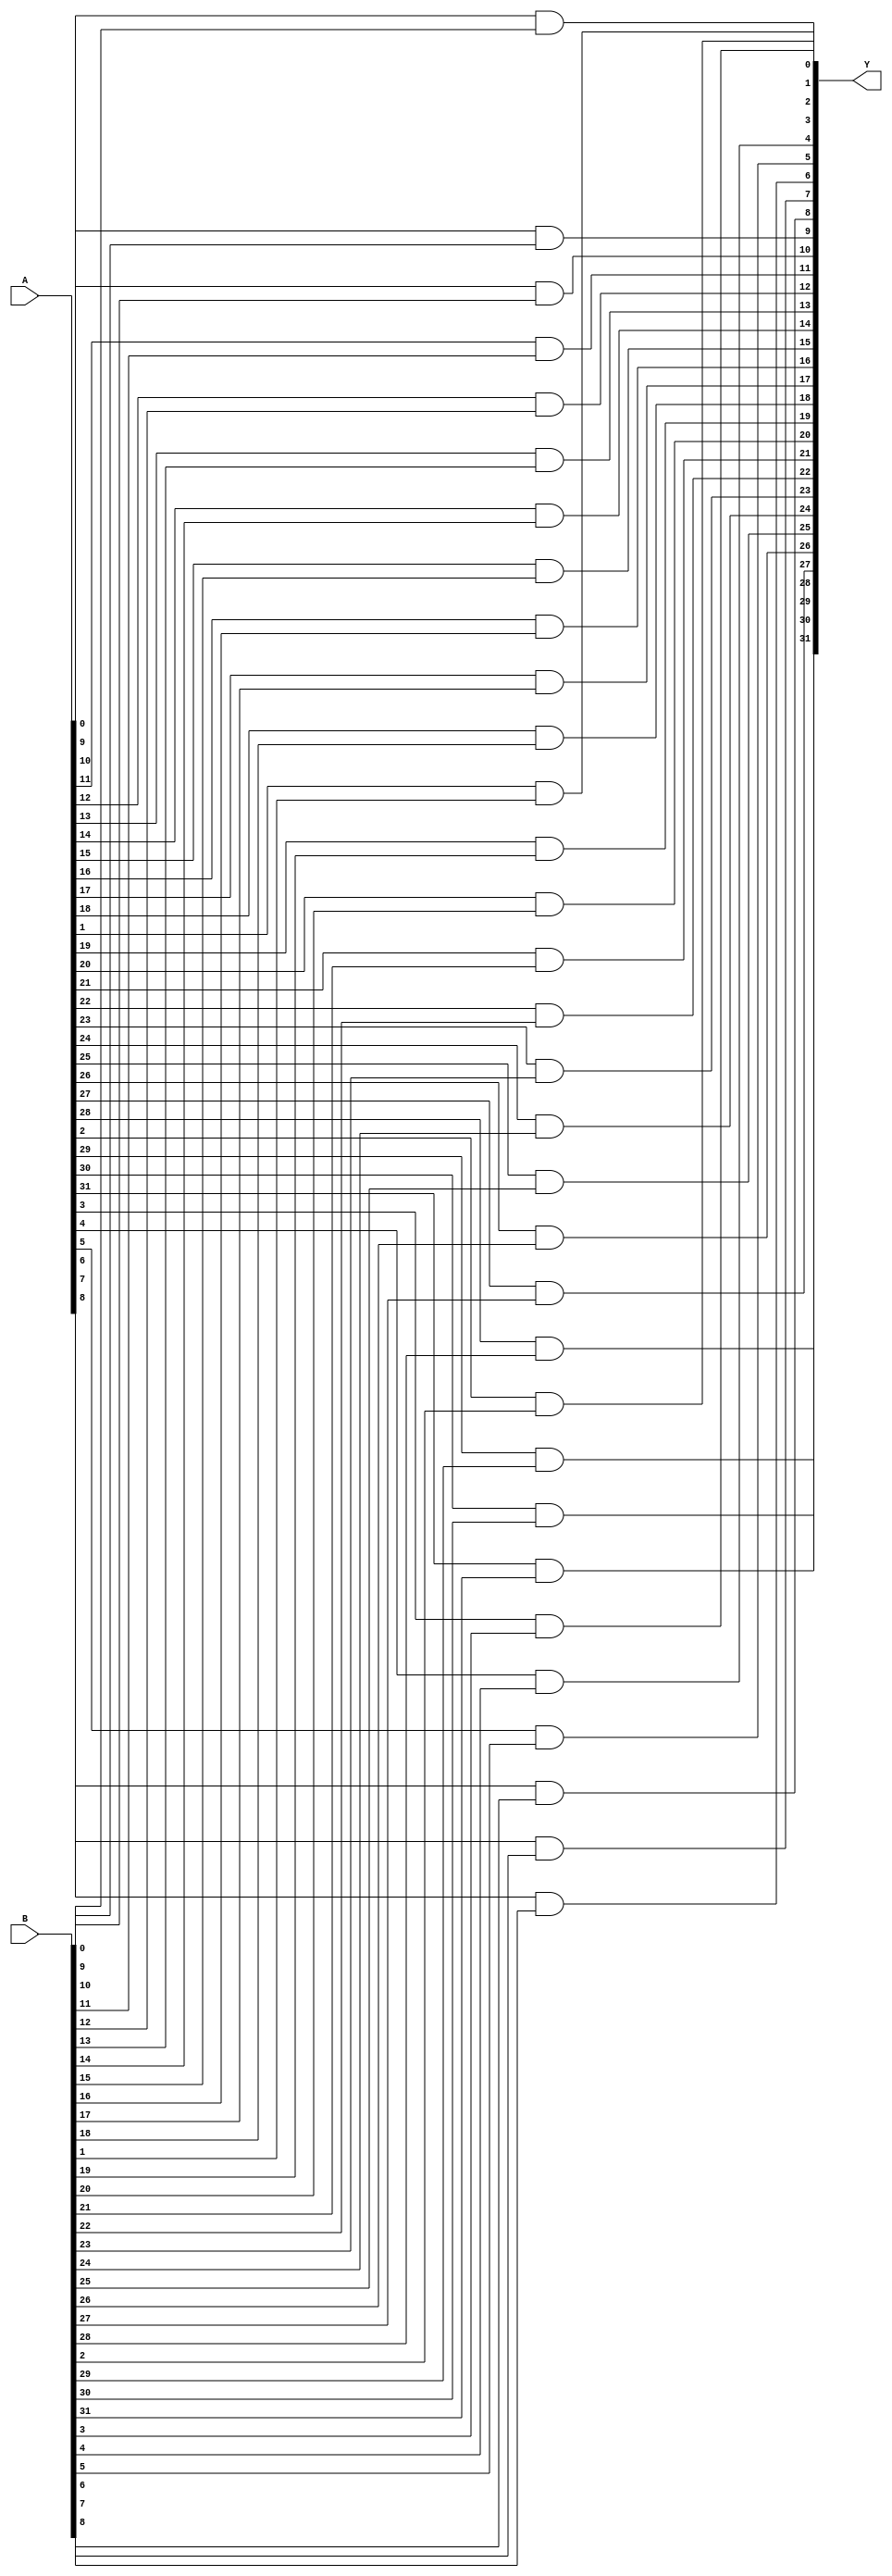
`timescale 1ns/10ps
module AND_gate(
	input wire [31:0] A,B,
	output wire [31:0] Y);

	genvar i;
	generate
		for (i=0; i<32; i=i+1) begin : loop
			assign Y[i] = ((A[i])&(B[i]));
		end
	endgenerate
endmodule